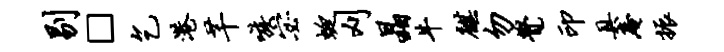
剔□乞港芊嗾宓蜓刈晶牛麒勿觉印具庵振